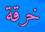
خرقة